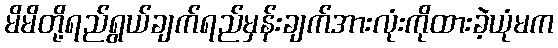
မိမိတို့ရည်ရွယ်ချက်ရည်မှန်းချက်အားလုံးကိုထားခဲ့ယုံမက